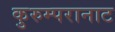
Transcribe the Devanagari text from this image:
कुरुम्परानाट